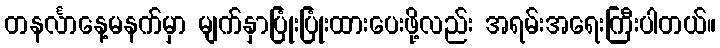
တနင်္လာနေ့မနက်မှာ မျက်နှာပြုံးပြုံးထားပေးဖို့လည်း အရမ်းအရေးကြီးပါတယ်။